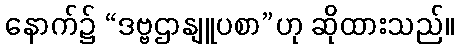
နောက်၌ “ဒဗ္ဗဌာနျူပစာ”ဟု ဆိုထားသည်။